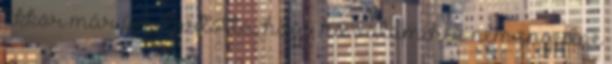
Ekkor már úgy tartotta, hogy ha valamihez nem engedne